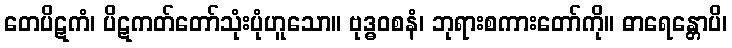
တေပိဋကံ၊ ပိဋကတ်တော်သုံးပုံဟူသော။ ဗုဒ္ဓဝစနံ၊ ဘုရားစကားတော်ကို။ ဓာရေန္တောပိ၊